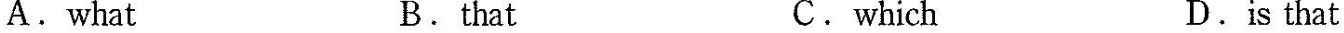
A. what B. that C. which D. is that